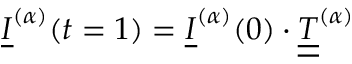
\underline { { I } } ^ { ( \alpha ) } ( t = 1 ) = \underline { { I } } ^ { ( \alpha ) } ( 0 ) \cdot \underline { { \underline { { T } } } } ^ { ( \alpha ) }